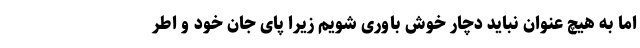
اما به هیچ عنوان نباید دچار خوش باوری شویم زیرا پای جان خود و اطر